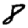
Digit: 8